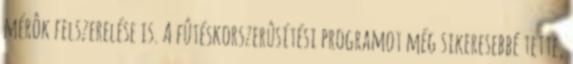
mérôk felszerelése is. A fûtéskorszerûsítési programot még sikeresebbé tette,